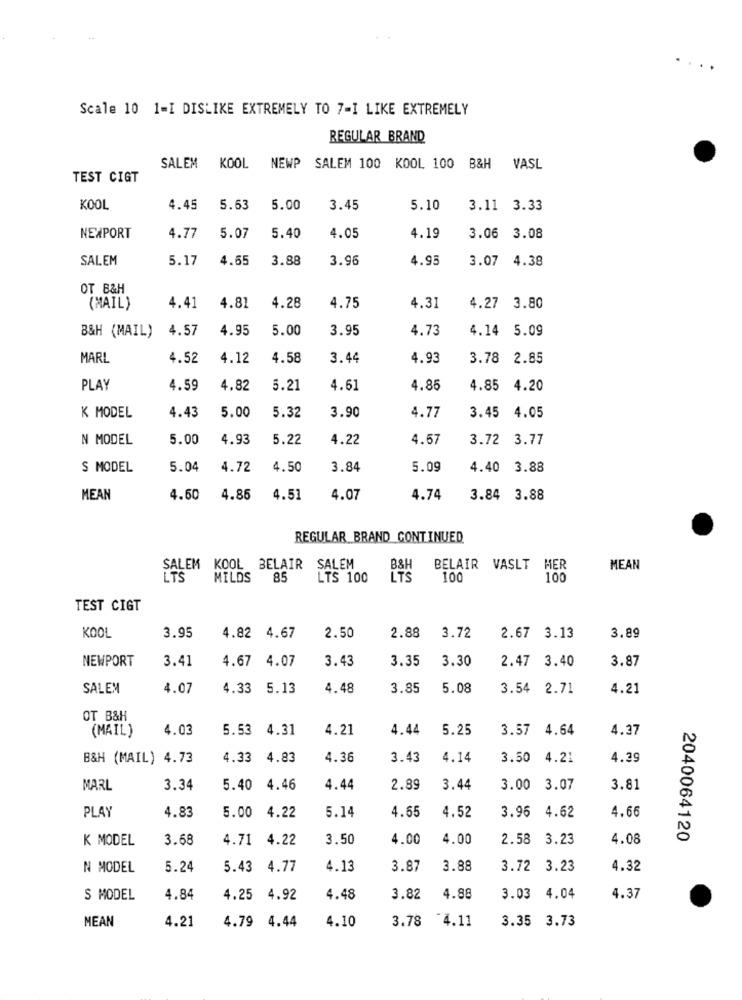
Scale 10 1=I DISLIKE EXTREMELY TO 7-I LIKE EXTREMELY
REGULAR BRAND
SALEM
KOOL
NEWP SALEM 100 KOOL 100 B&H
VASL
TEST CIGT
KOOL
4.45
5.63
5.00
3.45
5.10
3.11 3.33
4.19
NEWPORT
4.77
5.07
5.40
4.05
3.06
3.08
SALEM
5.17
4.65
3.88
3.96
4.95
3.07
4.38
OT B&H
(MAIL)
4.41
4.81
4.28
4.75
4.31
4.27
3.80
4.57
4.95
5.00
3.95
4.73
4.14
5.09
B&H (MAIL)
MARL
4.52
4.12
4.58
3.44
4.93
3.78 2.85
PLAY
4.59
4.82
5.21
4.61
4.85
4.85 4.20
4.05
K MODEL
4.43
5.00
5.32
3.90
4.77
3.45
N MODEL
5.00
4.93
5.22
4.22
4.67
3.72 3.77
S MODEL
5.04
4.72
4.50
3.84
5.09
4.40
3.88
MEAN
4.60
4.85
4.51
4.07
4.74
3.84 3.88
REGULAR BRAND CONTINUED
SALEM KOOL BELAIR
SALEM
B&H
BELAIR VASLT HER
MEAN
LTS
MILDS
85
LTS 100
LTS
100
100
TEST CIGT
KOOL
3.95
4.82 4.67
2.50
2.88
3.72
2.67 3.13
3.89
NEWPORT
3.41
4.67 4.07
3.43
3.35
3.30
2.47 3.40
3.87
SALEM
4.07
4.33 5.13
4.48
3.85
5.08
3.54 2.71
4.21
OT B&H
(MAIL)
4.03
5.53 4.31
4.21
4.44
5.25
3.57 4.64
4.37
B&H (MAIL) 4.73
4.33
4.83
4.36
3.43
4.14
3.50
4.21
4.39
MARL
3.34
5.40
4.46
4.44
2.89
3.44
3.00
3.07
3.81
PLAY
4.83
3.96 4.62
4.66
5.00 4.22
5.14
4.65
4.52
K MODEL
3.68
4.71 4.22
3.50
4.00
4.00
2.58 3.23
4.08
2040064120
N MODEL
5.24
5.43
4.77
4.13
3.87
3.88
3.72 3.23
4.32
S MODEL
4.84
4.25 4.92
4.48
3.82
4.88
3.03
4.04
4.37
MEAN
4.21
4.79 4.44
4.10
3.78 4.11
3.35 3.73